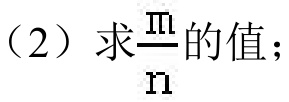
（2）求\(\frac{m}{n}\)的值；